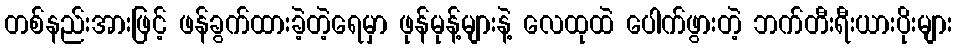
တစ်နည်းအားဖြင့် ဖန်ခွက်ထားခဲ့တဲ့ရေမှာ ဖုန်မုန့်များနဲ့ လေထုထဲ ပေါက်ဖွားတဲ့ ဘက်တီးရီးယားပိုးများ